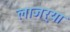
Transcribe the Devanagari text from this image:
लाजर्‍या